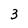
Character: 3